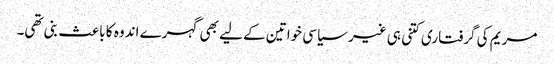
مریم کی گرفتاری کتنی ہی غیر سیاسی خواتین کے لیے بھی گہرے اندوہ کا باعث بنی تھی۔